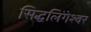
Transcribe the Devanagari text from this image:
सिद्धलिंगेश्वर